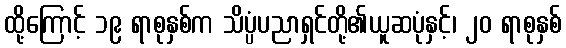
ထို့ကြောင့် ၁၉ ရာစုနှစ်က သိပ္ပံပညာရှင်တို့၏ယူဆပုံနှင့်၊ ၂၀ ရာစုနှစ်